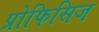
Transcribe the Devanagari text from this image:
प्रोफिसिज